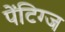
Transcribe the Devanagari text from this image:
पेंटिग्ज